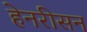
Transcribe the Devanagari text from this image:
हेनरीसन